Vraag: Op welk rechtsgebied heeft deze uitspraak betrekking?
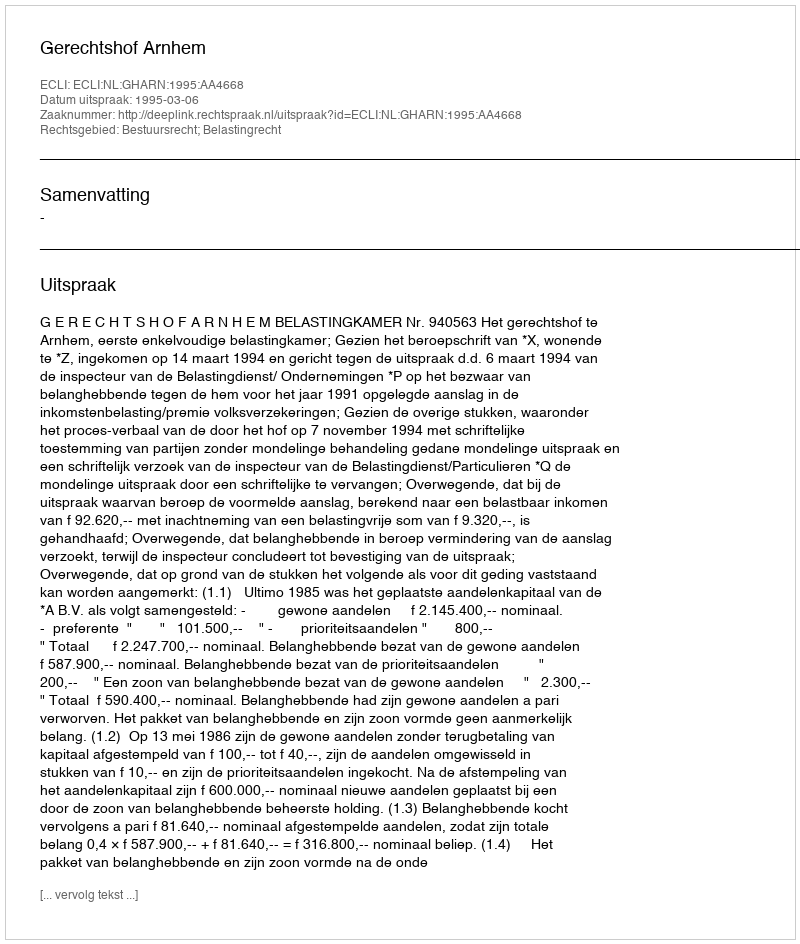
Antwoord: Bestuursrecht; Belastingrecht